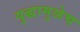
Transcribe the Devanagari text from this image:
युद्धामुळेच